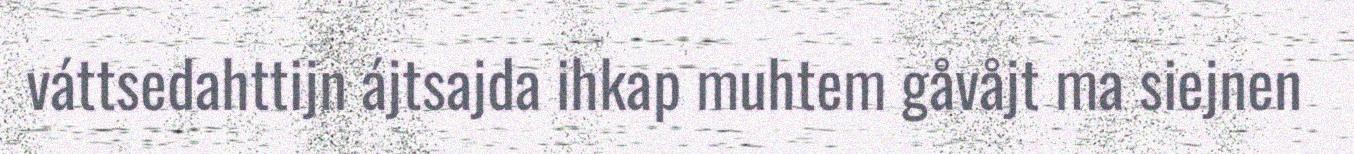
váttsedahttijn ájtsajda ihkap muhtem gåvåjt ma siejnen